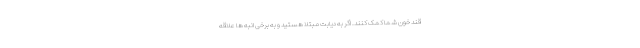
قند خون شما کمک کنند. اگر به دیابت مبتلا هستید و به برخی انبه ها علاقه